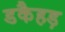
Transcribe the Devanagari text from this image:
डकैहड़